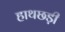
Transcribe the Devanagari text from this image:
हाथछड़ी